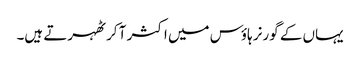
یہاں کے گورنر ہاؤس میں اکثر آ کر ٹھہرتے ہیں۔